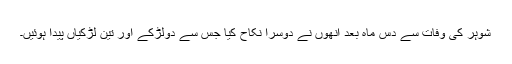
شوہر کی وفات سے دس ماہ بعد انھوں نے دوسرا نکاح کیا جس سے دولڑکے اور تین لڑکیاں پیدا ہوئیں۔